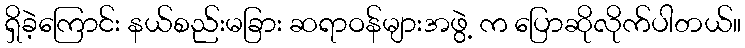
ရှိခဲ့ကြောင်း နယ်စည်းမခြား ဆရာဝန်များအဖွဲ့ က ပြောဆိုလိုက်ပါတယ်။